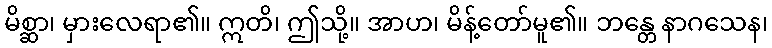
မိစ္ဆာ၊ မှားလေရာ၏။ ဣတိ၊ ဤသို့။ အာဟ၊ မိန့်တော်မူ၏။ ဘန္တေ နာဂသေန၊